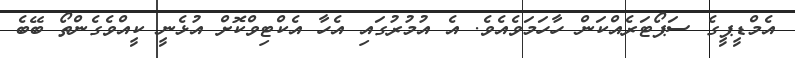
އެމްޑީޕީގެ ސަޕޯޓަރެއްކަން ހާހަމަވެއެވެ. އެ އުމުރުގައި އެހާ އެކްޓިވްކޮށް އުޅެނީ ކީއްވެގެންތޯ ބޭބެ